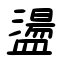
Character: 盪